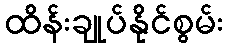
ထိန်းချုပ်နိုင်စွမ်း